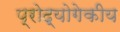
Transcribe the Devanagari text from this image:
प्रोद्योगेकीय